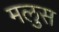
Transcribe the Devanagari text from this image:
मलुस